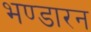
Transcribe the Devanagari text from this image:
भण्डारन